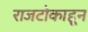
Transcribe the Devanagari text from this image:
राजटोकाहून